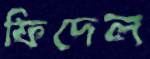
ফিদেল